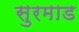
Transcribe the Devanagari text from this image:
सुरमाड